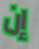
إن